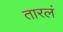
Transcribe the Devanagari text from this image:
तारलं